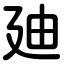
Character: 廸